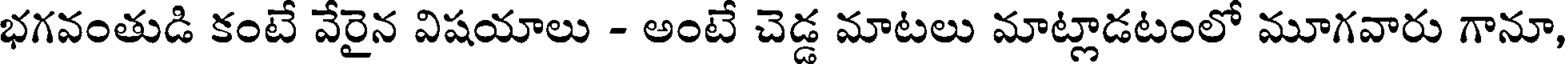
భగవంతుడి కంటే వేరైన విషయాలు - అంటే చెడ్డ మాటలు మాట్లాడటంలో మూగవారు గానూ,